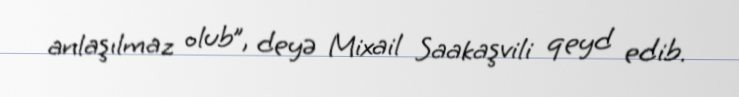
anlaşılmaz olub”, deyə Mixail Saakaşvili qeyd edib.